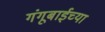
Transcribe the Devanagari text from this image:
गंगूबाईच्या